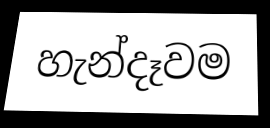
හැන්දෑවම